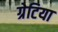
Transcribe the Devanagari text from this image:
ग्रेटिया